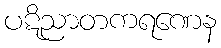
ပဋိညာတကရဏေန